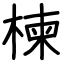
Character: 楝